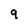
Character: 9